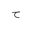
Letter: _ha